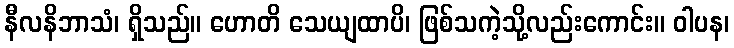
နီလနိဘာသံ၊ ရှိသည်။ ဟောတိ သေယျထာပိ၊ ဖြစ်သကဲ့သို့လည်းကောင်း။ ဝါပန၊